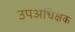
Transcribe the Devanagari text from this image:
उपअधिक्षक